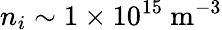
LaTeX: n_{i}\sim 1\times 10^{15}~\mathrm{m}^{-3}